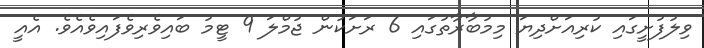
ވިލުފުށީގައި ކުރިއަށްދިޔަ މިމުބާރާތުގައި 6 ރަށަކުން ޖުމްލަ 9 ޓީމު ބައިވެރިވެފައިވެއެވެ. އެއީ